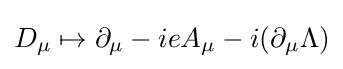
D_{\mu }\mapsto \partial _{\mu }-ieA_{\mu }-i(\partial _{\mu }\Lambda )